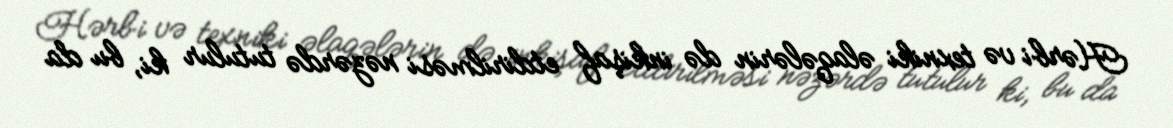
Hərbi və texniki əlaqələrin də inkişaf etdirilməsi nəzərdə tutulur ki, bu da